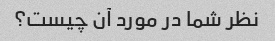
نظر شما در مورد آن چیست؟